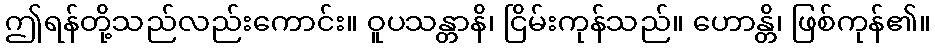
ဤရန်တို့သည်လည်းကောင်း။ ဝူပသန္တာနိ၊ ငြိမ်းကုန်သည်။ ဟောန္တိ၊ ဖြစ်ကုန်၏။